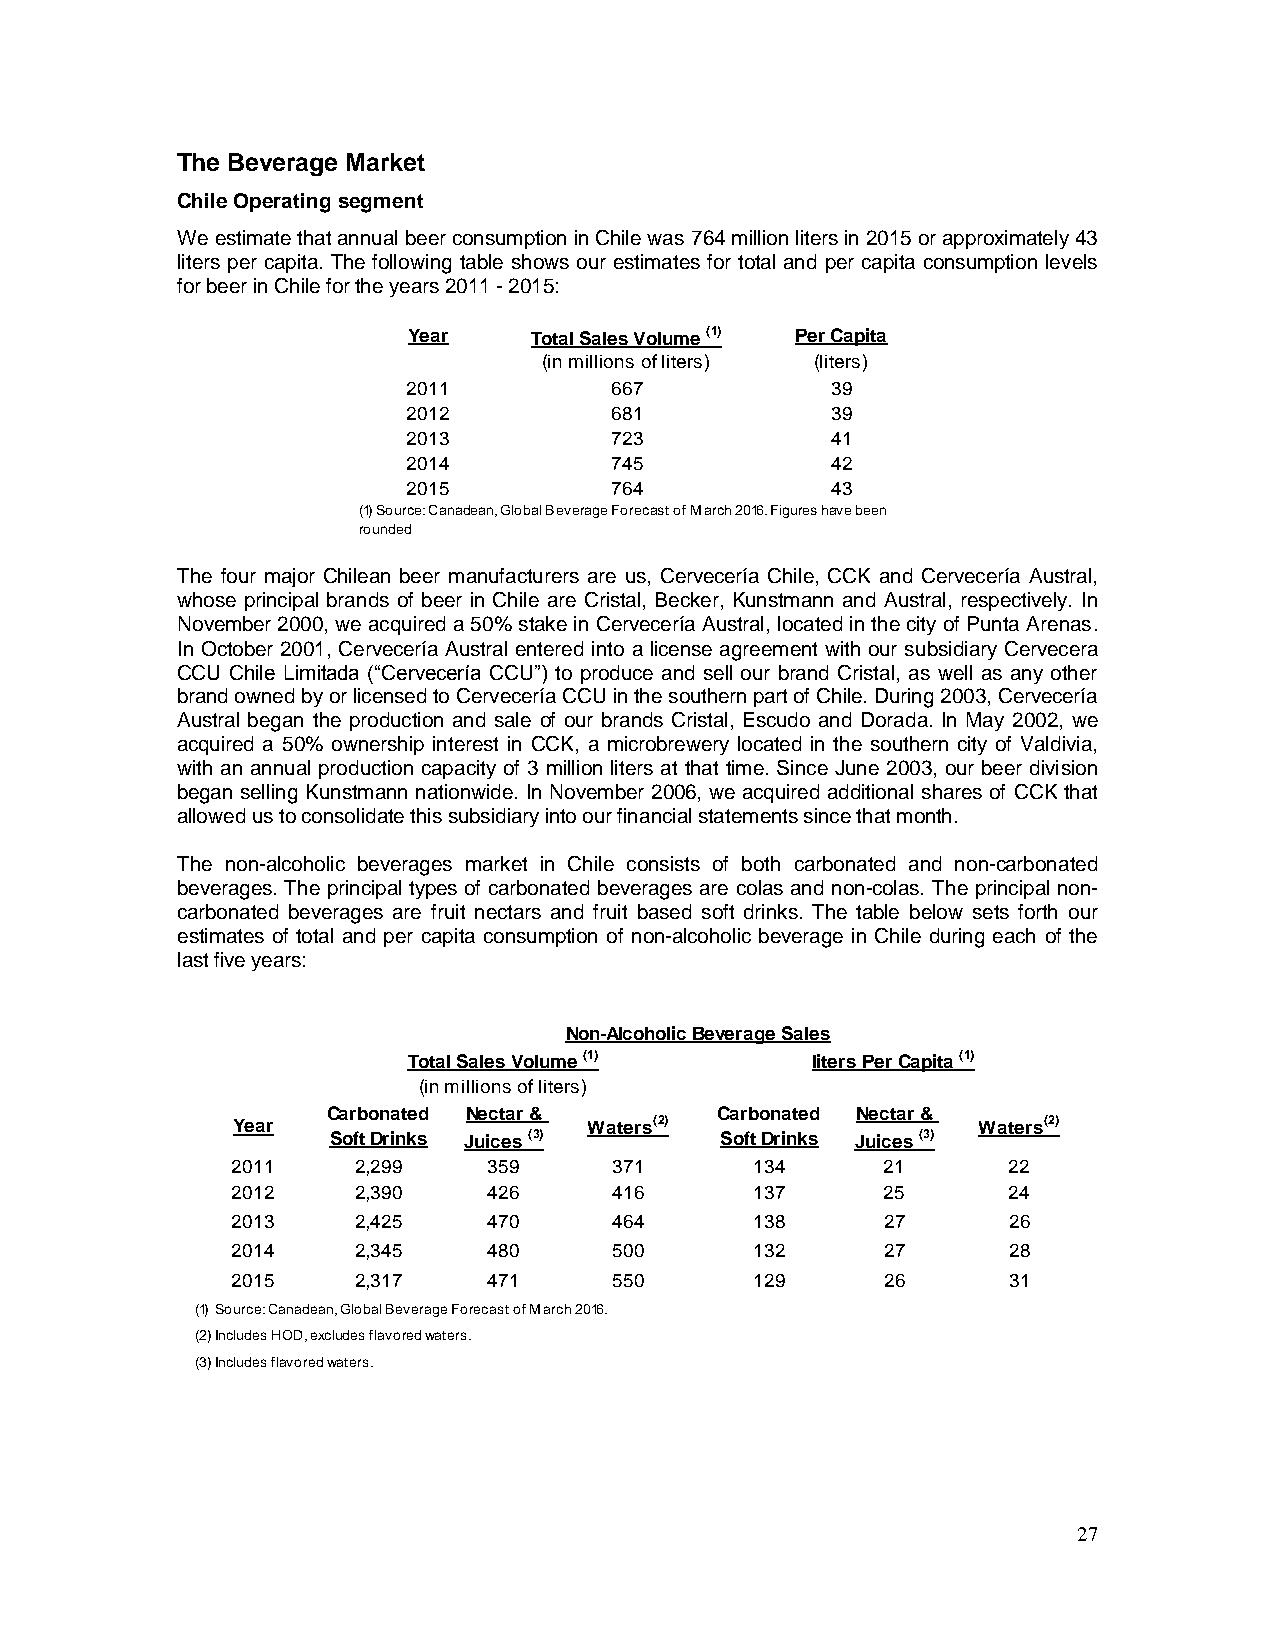
The Beverage Market
 Chile Operating segment
 We estimate that annual beer consumption in Chile was 764 million liters in 2015 or approximately 43
 liters per capita. The following table shows our estimates for total and per capita consumption levels
 for beer in Chile for the years 2011 - 2015:
 Year    Total Sales Volume (1) Per Capita
 (in millions of liters) (liters)
 2011         667            39
 2012         681            39
 2013         723            41
 2014         745            42
 2015         764            43
 (1) Source: Canadean, Global Beverage Forecast of March 2016. Figures have been
 rounded
 The four major Chilean beer manufacturers are us, Cervecería Chile, CCK and Cervecería Austral,
 whose principal brands of beer in Chile are Cristal, Becker, Kunstmann and Austral, respectively. In
 November 2000, we acquired a 50% stake in Cervecería Austral, located in the city of Punta Arenas.
 In October 2001, Cervecería Austral entered into a license agreement with our subsidiary Cervecera
 CCU Chile Limitada (“Cervecería CCU”) to produce and sell our brand Cristal, as well as any other
 brand owned by or licensed to Cervecería CCU in the southern part of Chile. During 2003, Cervecería
 Austral began the production and sale of our brands Cristal, Escudo and Dorada. In May 2002, we
 acquired a 50% ownership interest in CCK, a microbrewery located in the southern city of Valdivia,
 with an annual production capacity of 3 million liters at that time. Since June 2003, our beer division
 began selling Kunstmann nationwide. In November 2006, we acquired additional shares of CCK that
 allowed us to consolidate this subsidiary into our financial statements since that month.
 The non-alcoholic beverages market in Chile consists of both carbonated and non-carbonated
 beverages. The principal types of carbonated beverages are colas and non-colas. The principal non-
 carbonated beverages are fruit nectars and fruit based soft drinks. The table below sets forth our
 estimates of total and per capita consumption of non-alcoholic beverage in Chile during each of the
 last five years:
 Non-Alcoholic Beverage Sales
 Total Sales Volume (1)     liters Per Capita (1)
 (in millions of liters)
 Carbonated Nectar &      Carbonated Nectar &
 Year                    Waters(2)                 Waters(2)
 Soft Drinks Juices (3)    Soft Drinks Juices (3)
 2011    2,299    359      371      134     21       22
 2012    2,390    426      416      137     25       24
 2013    2,425    470      464      138      27      26
 2014    2,345    480      500      132      27      28
 2015    2,317    471      550      129      26      31
 (1) Source: Canadean, Global Beverage Forecast of March 2016.
 (2) Includes HOD, excludes flavored waters.
 (3) Includes flavored waters.
 27